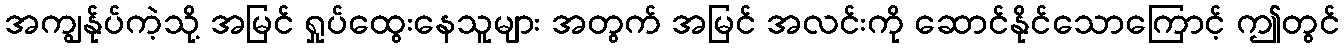
အကျွန်ုပ်ကဲ့သို့ အမြင် ရှုပ်ထွေးနေသူများ အတွက် အမြင် အလင်းကို ဆောင်နိုင်သောကြောင့် ဤတွင်